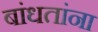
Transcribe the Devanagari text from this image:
बांधतांना